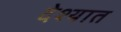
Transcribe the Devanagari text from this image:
देश्यात